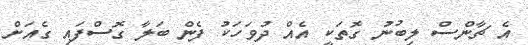
އެ ޗާންސް ލިބުނު ގޮތަކީ އެއް ދުވަހަކު ފެން ބަލާ ގޮސްފައި ގެއަށް